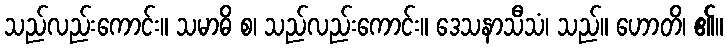
သည်လည်းကောင်း။ သမာဓိ စ၊ သည်လည်းကောင်း။ ဒေသနာသီသံ၊ သည်။ ဟောတိ၊ ၏။